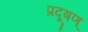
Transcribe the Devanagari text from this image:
प्रदूषण्